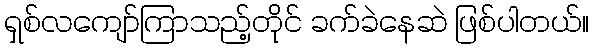
ရှစ်လကျော်ကြာသည့်တိုင် ခက်ခဲနေဆဲ ဖြစ်ပါတယ်။